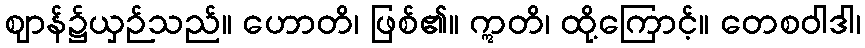
ဈာန်၌ယှဉ်သည်။ ဟောတိ၊ ဖြစ်၏။ ဣတိ၊ ထို့ကြောင့်။ တေစဝါဒါ၊